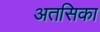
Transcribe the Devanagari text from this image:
अतसिका